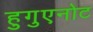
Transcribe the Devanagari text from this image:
हुगुएनोट